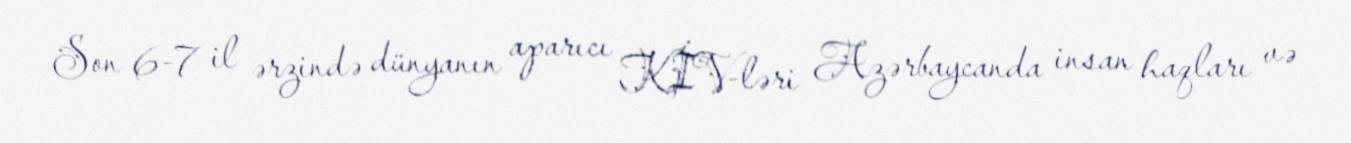
Son 6-7 il ərzində dünyanın aparıcı KİV-ləri Azərbaycanda insan haqları və